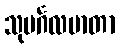
သုမင်္ဂလမာတာ